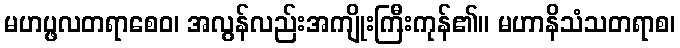
မဟပ္ဖလတရာစေဝ၊ အလွန်လည်းအကျိုးကြီးကုန်၏။ မဟာနိသံသတရာစ၊